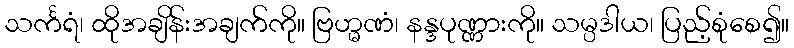
သင်္ကရံ၊ ထိုအချိန်းအချက်ကို။ ဗြဟ္မဏံ၊ နန္ဒပုဏ္ဏားကို။ သမ္ပဒါယ၊ ပြည့်စုံစေ၍။